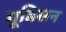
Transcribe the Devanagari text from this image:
गूडिसन